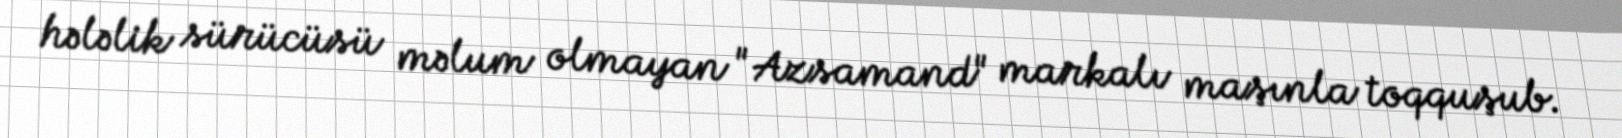
hələlik sürücüsü məlum olmayan "Azsamand" markalı maşınla toqquşub.